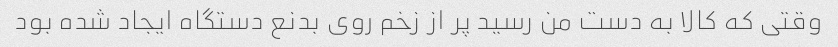
وقتی که کالا به دست من رسید پر از زخم روی بدنع دستگاه ایجاد شده بود